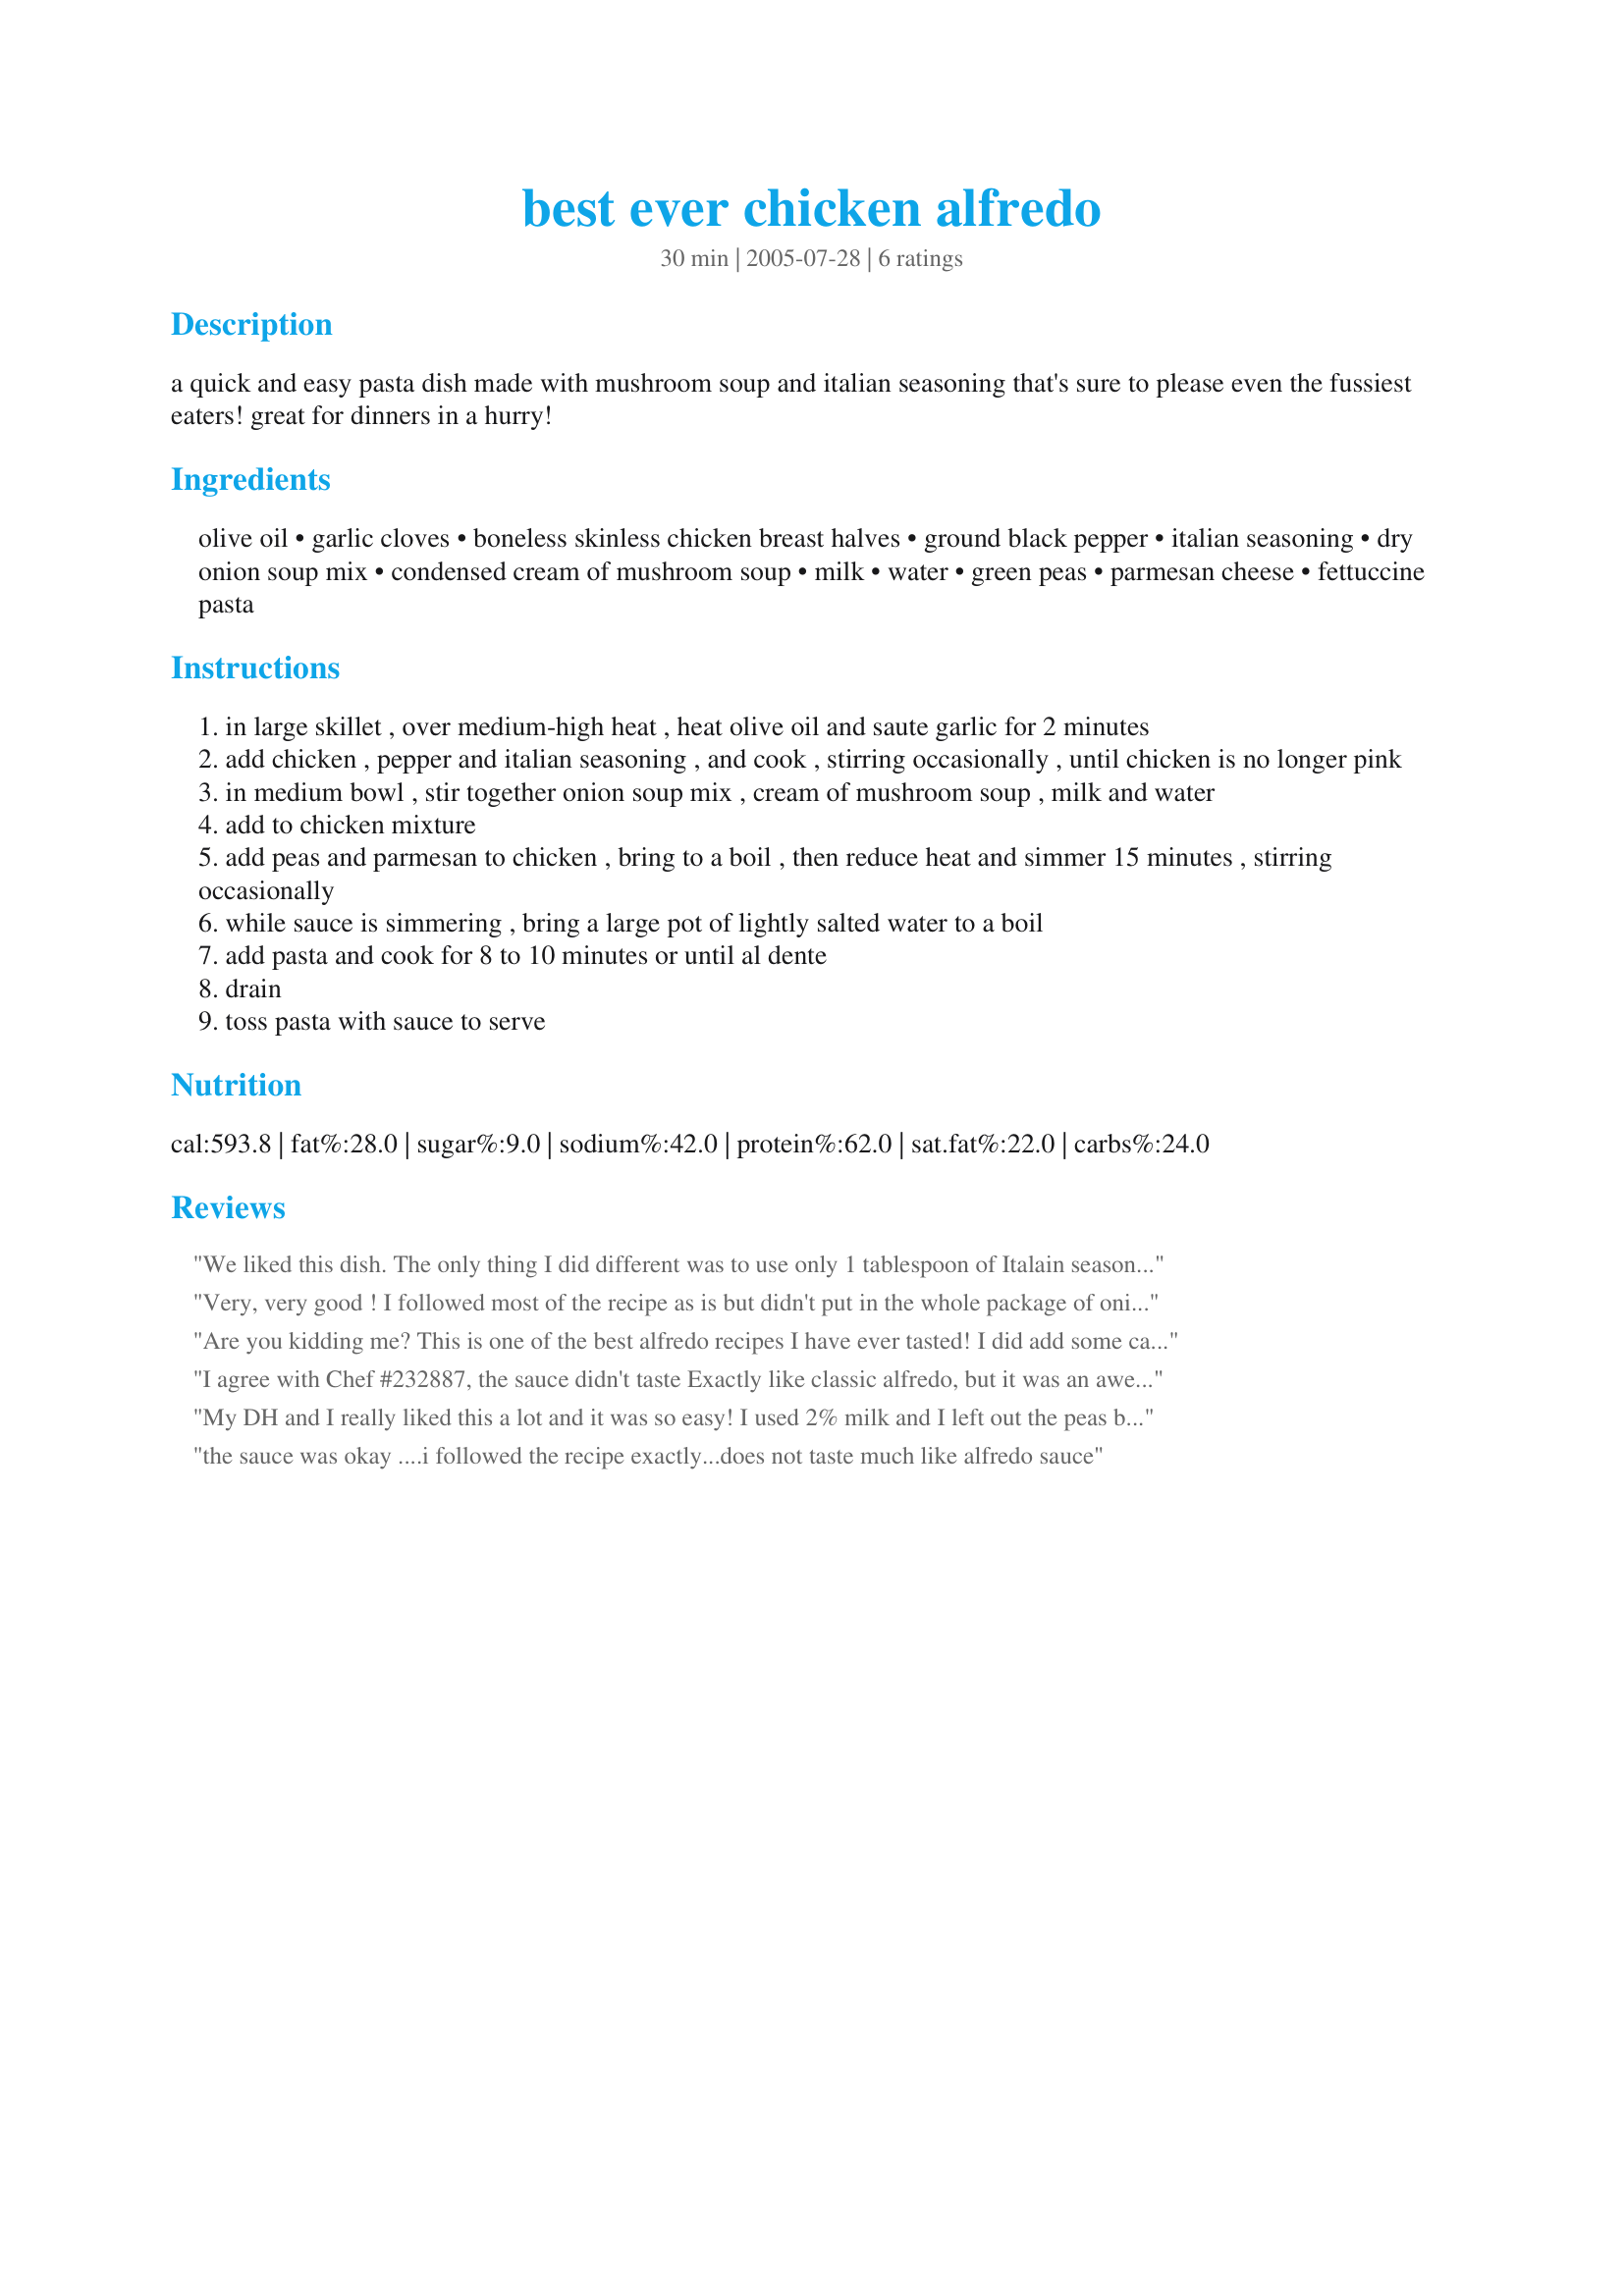
best ever chicken alfredo
Preparation time: 30 minutes

a quick and easy pasta dish made with mushroom soup and italian seasoning that's sure to please even the fussiest eaters! great for dinners in a hurry!

Ingredients:
olive oil, garlic cloves, boneless skinless chicken breast halves, ground black pepper, italian seasoning, dry onion soup mix, condensed cream of mushroom soup, milk, water, green peas, parmesan cheese, fettuccine pasta

Steps:
in large skillet , over medium-high heat , heat olive oil and saute garlic for 2 minutes
add chicken , pepper and italian seasoning , and cook , stirring occasionally , until chicken is no longer pink
in medium bowl , stir together onion soup mix , cream of mushroom soup , milk and water
add to chicken mixture
add peas and parmesan to chicken , bring to a boil , then reduce heat and simmer 15 minutes , stirring occasionally
while sauce is simmering , bring a large pot of lightly salted water to a boil
add pasta and cook for 8 to 10 minutes or until al dente
drain
toss pasta with sauce to serve

Reviews:
We liked this dish. The only thing I did different was to use only 1 tablespoon of Italain seasoning. That was just the right amount for us. 

Thanks Chef Sunshine for such a easy and tasty dish. 

Bullwinkle.
Very, very good ! I followed most of the recipe as is but didn't put in the whole package of onion soup mix, only about 2 tblsps. to decrease on the sodium content. It turned out very well and will make this again. Thanks for sharing a great recipe
Are you kidding me? This is one of the best alfredo recipes I have ever tasted! I did add some canned mushrooms, which made it, OH!, even more delicious! I think the garlic really hit the spot with this alfredo! Excellent posting, will use this recipe ONLY from now on!
I agree with Chef #232887, the sauce didn't taste Exactly like classic alfredo, but it was an awesome sauce, and still tasted alfredo-ish...but in a Really good way! This recipe was excellent, I have to agree with Chef Lil Butt Boy! 5*****!!!

My DH and I really liked this a lot and it was so easy! I used 2% milk and I left out the peas because my 4 year old doesn't like them. Thanks for a tasty recipe! :)
the sauce was okay ....i followed the recipe exactly...does not taste much like alfredo sauce
